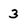
Character: 3